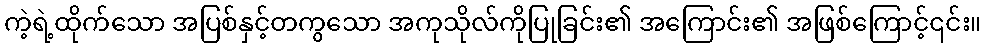
ကဲ့ရဲ့ထိုက်သော အပြစ်နှင့်တကွသော အကုသိုလ်ကိုပြုခြင်း၏ အကြောင်း၏ အဖြစ်ကြောင့်၎င်း။